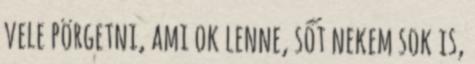
vele pörgetni, ami ok lenne, sőt nekem sok is,